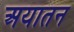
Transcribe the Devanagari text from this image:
अयातन